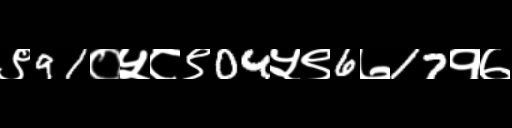
Text: ९91०५८९04५९6७17१७